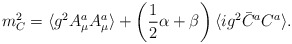
\begin{align*}m_C^2 = \langle g^2 A_\mu^a A_\mu^a \rangle + \left( {1 \over 2}\alpha+\beta \right) \langle ig^2 \bar{C}^a C^a \rangle .\end{align*}